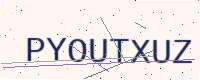
Text: PYOUTXUZ